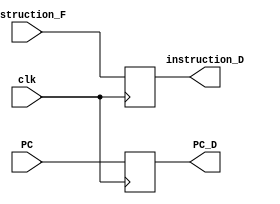
module IF_ID(clk, instruction_F, PC, 
                  instruction_D, PC_D);
    input clk;
    input [31: 0] instruction_F, PC;

    output reg [31: 0] instruction_D, PC_D;

    always @(posedge clk ) begin
        instruction_D <= instruction_F;
        PC_D <= PC;
    end
endmodule